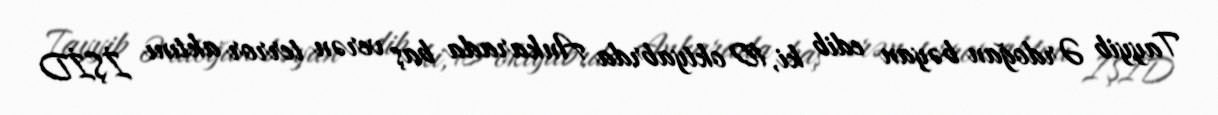
Tayyib Ərdoğan bəyan edib ki, 10 oktyabrda Ankarada baş verən terror aktını İŞİD